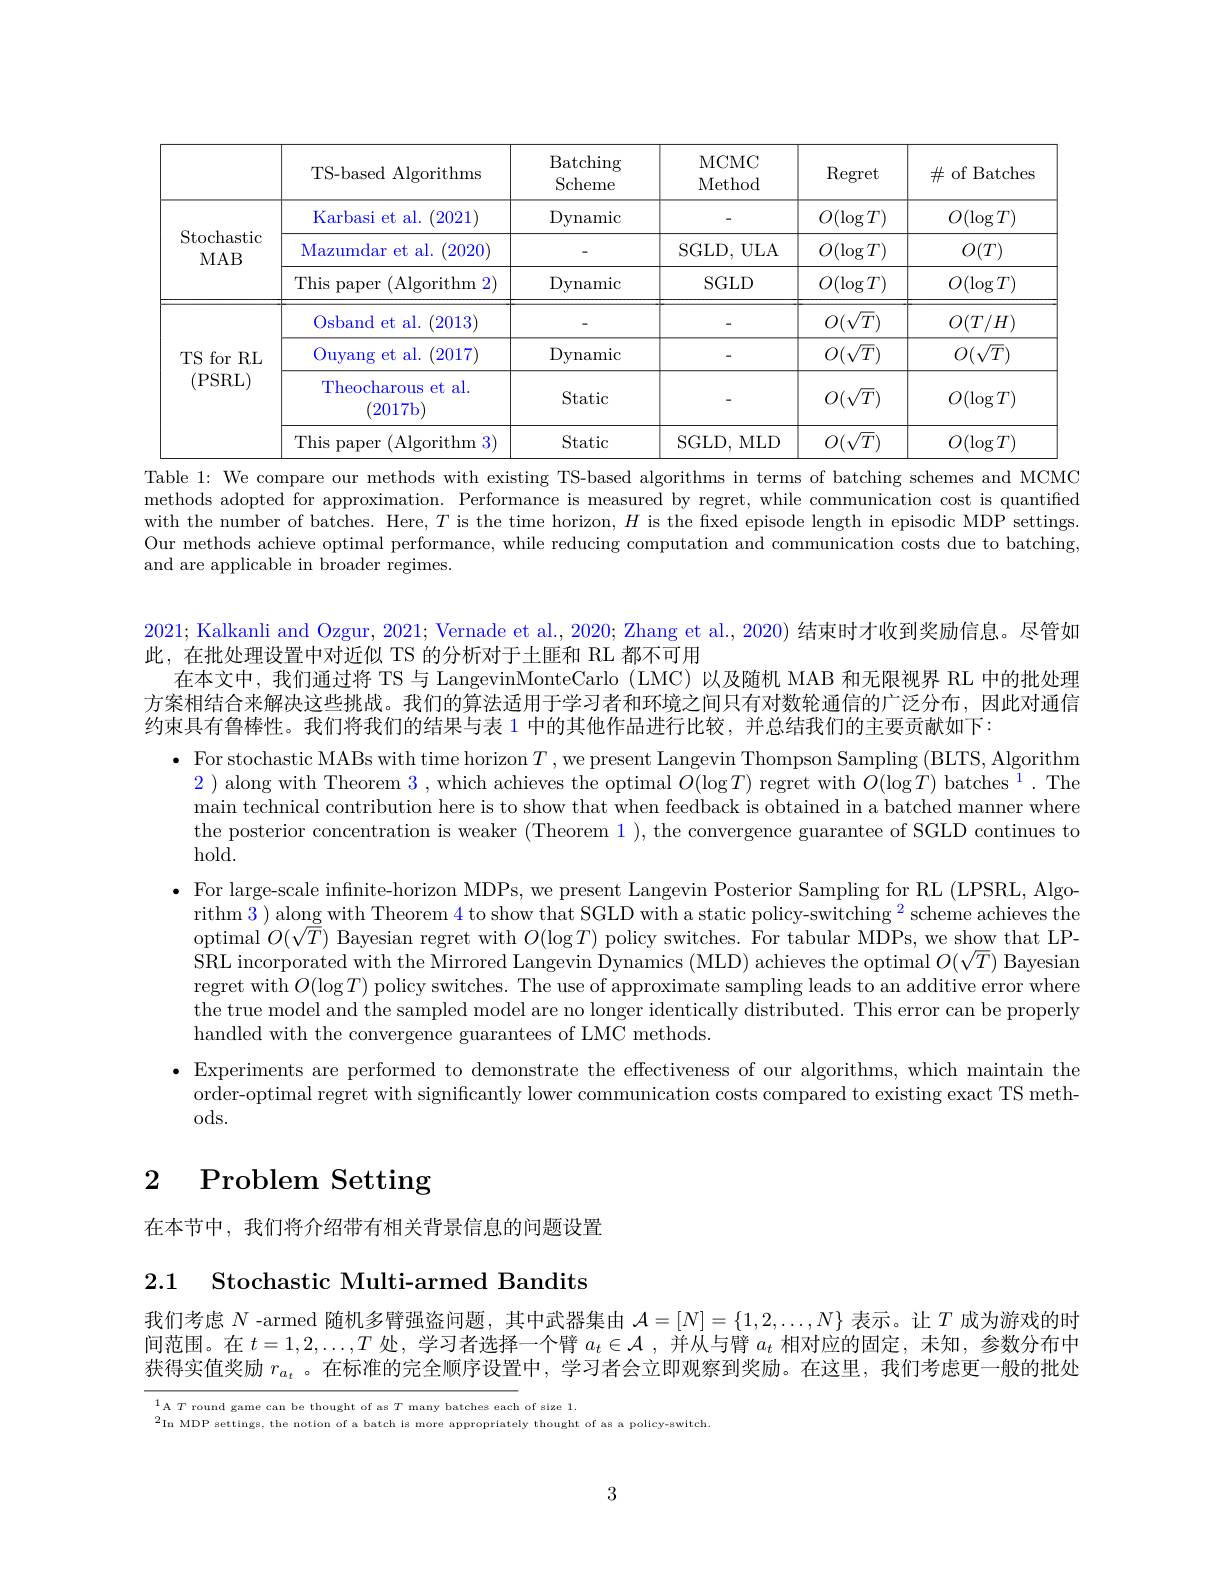
<table>
	<tbody>
		<tr>
			<th> </th>
			<th>TS-based Algorithms</th>
			<th>$\operatorname{Batching}$ $\operatorname{Schemen}$</th>
			<th>MCMC Method</th>
			<th>$\operatorname{Regret}$</th>
			<th>$\#$ of Batches</th>
		</tr>
		<tr>
			<td rowspan="3">Stochastic $MAB$</td>
			<td>Karbasi et al. (2021</td>
			<td>Dynamic</td>
			<td> </td>
			<td>$O(\log T)$</td>
			<td>$O(\log T)$</td>
		</tr>
		<tr>
			<td>Mazumdar et al. 2020</td>
			<td> </td>
			<td>SGLD,ULA</td>
			<td>$O(\log T)$</td>
			<td>$O(T)$</td>
		</tr>
		<tr>
			<td>This paper $(\operatorname{Algorithm}2]$</td>
			<td>Dynamic</td>
			<td>$SGLD$</td>
			<td>$O(\log T)$</td>
			<td>$O(\log T)$</td>
		</tr>
		<tr>
			<td rowspan="4">TS for RL (PSRL)</td>
			<td>Osband et al. (2013 </td>
			<td> </td>
			<td> </td>
			<td>$O(\sqrt{T})$</td>
			<td>$O(T/H)$</td>
		</tr>
		<tr>
			<td>Ouyang get al. (2017</td>
			<td>Dynamic</td>
			<td> </td>
			<td>$O(\sqrt{T})$</td>
			<td>$O(\sqrt{T})$</td>
		</tr>
		<tr>
			<td>Theocharous s et al (2017b)</td>
			<td>Static</td>
			<td> </td>
			<td>$O(\sqrt{T})$</td>
			<td>$O(\log T)$</td>
		</tr>
		<tr>
			<td>This paper (Algorithm 13</td>
			<td>$\operatorname{Static}$</td>
			<td>SGLD, MLD</td>
			<td>$O(\sqrt{T}$</td>
			<td>$O(\log T)$</td>
		</tr>
	</tbody>
</table>
Table 1: We compare our methods with existing TS-based algorithms in terms of batching schemes and MCMC

methods adopted for approximation. Performance is measured by regret, while communication cost is quantified with the number of batches. Here, $T$ is the time horizon, $H$ is the fixed episode length in episodic MDP settings Our methods achieve optimal performance, while reducing computation and communication costs due to batching, and are applicable in broader regimes.

2021; Kalkanli and Ozgur, 2021; Vernade et al., 2020; Zhang et al., 2020) 结束时才收到奖励信息。尽管如
此，在批处理设置中对近似 TS 的分析对于土匪和 RL 都不可用
在本文中，我们通过将 TS 与 LangevinMonteCarlo (LMC)以及随机 MAB 和无限视界 RL 中的批处理方案相结合来解决这些挑战。我们的算法适用于学习者和环境之间只有对数轮通信的广泛分布，因此对通信约束具有鲁棒性。我们将我们的结果与表 1 中的其他作品进行比较，并总结我们的主要贡献如下：
$\bullet$ For stochastic MABs with time horizon $T$,we present Langevin Thompson Sampling (BLTS, Algorithm
$\begin{array}{c}2\end{array})$ along with Theorem 3 , which achieves the optimal $O(\log T)$ regret with $O(\log T)\text{ batches }^1.$ The main technical contribution here is to show that when feedback is obtained in a batched manner where the posterior concentration is weaker (Theorem 1 ), the convergence guarantee of SGLD continues to $\hom$d.
$\bullet$ For large-scale infnite-horizon MDPs, we present Langevin Posterior Sampling for RL (LPSRL, Algo-)
rithm 3 ) along with Theorem 4 to show that SGLD with a static policy-switching $^2$scheme achieves the optimal $O(\sqrt T)$ Bayesian regret with $O(\log T)$ policy switches. For tabular MDPs, we show that LP- $\begin{aligned}\text{SRL incorporated with the Mirrored Langevin Dynamics (MLD) achieves the optimal }O(\sqrt{T})\end{aligned}$ Bayesian regret with $O(\log T)$ policy switches. The use of approximate sampling leads to an additive error where the true model and the sampled model are no longer identically distributed. This error can be properly handled with the convergence guarantees of LMC methods.
$\bullet$ Experiments are performed to demonstrate the effectiveness of our algorithms, which maintain the
order-optimal regret with significantly lower communication costs compared to existing exact TS meth-
ods.

# 2 Problem Setting

在本节中，我们将介绍带有相关背景信息的问题设置

2.1 Stochastic Multi-armed Bandits

我们考虑$N$ -armed 随机多臂强盗问题，其中武器集由$\mathcal{A}=[N]=\{1,2,\ldots,N\}$表示。让$T$成为游戏的时间范围。在$t=1,2,\ldots,T$处，学习者选择一个臂$a_t\in\mathcal{A}$ ,并从与臂$a_t$相对应的固定，未知，参数分布中获得实值奖励$r_{a_t}$ 。在标准的完全顺序设置中，学习者会立即观察到奖励。在这里，我们考虑更一般的批处

$^{1}$A $T$ round game can be thought of as $T$ many batches each of size 1.
$^{2}$In MDP settings, the notion of a batch is more appropríately thought of as a polícy-switch

3